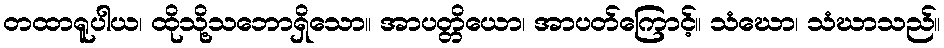
တထာရူပါယ၊ ထိုသို့သဘောရှိသော။ အာပတ္တိယော၊ အာပတ်ကြောင့်။ သံဃော၊ သံဃာသည်။